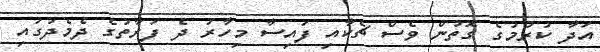
އަދާ ކުރުމުގެ ގޮތުން ވެސް ޗެކާއި ފައިސާ މިހާރު ދެ ފަރާތުގެ ދެމެދުގައި